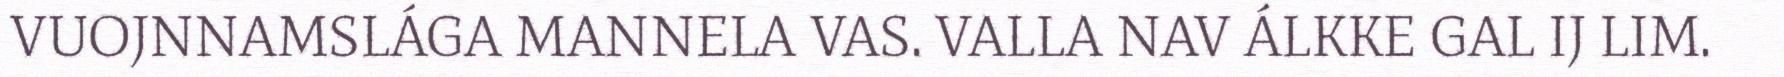
VUOJNNAMSLÁGA MANNELA VAS. VALLA NAV ÁLKKE GAL IJ LIM.